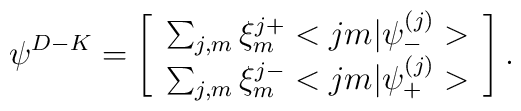
{\psi}^{D-K}=\left[                            \begin{array}{c}                  \sum_{j,m}\xi^{j+}_m<jm|{\psi}_{-}^{(j)}>\\                  \sum_{j,m}\xi^{j-}_m <jm|{\psi}_{+}^{(j)}>                              \end{array}                            \right].